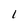
Character: 1